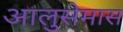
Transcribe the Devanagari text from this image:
आलुसेमास